Subject: math
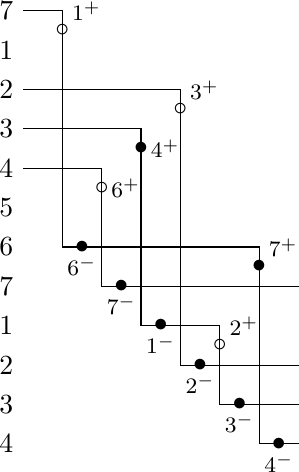
LaTeX code:
     \begin{tikzpicture}[scale=0.5,baseline=0]
        \draw (0,11) node [left] {$7$} --(1,11)--(1,5) -- (6,5) -- (6,0)  -- (7,0);
        \draw (0,9) node [left] {$2$} -- (4,9) -- (4,2) -- (7,2);
        \draw (0,8) node [left] {$3$} -- (3,8) -- (3,3) -- (5,3) -- (5,1) -- (7,1);
        \draw (0,7) node [left] {$4$} -- (2,7) -- (2,4) -- (7,4);
        \foreach \i in {1,5,6,7}
        {
            \node at (0,11-\i) [left] {$\i$};
        }
        \foreach \i in {1,2,3,4}
        {
            \node at (0,4-\i) [left] {$\i$};
        }
        \node at (1, 10.5) [] {$\circ$};
        \node at (1, 10.5) [above right] {\footnotesize{$1^+$}};
        \node at (3.5,3) [] {$\bullet$};
        \node at (3.5,3) [below] {\footnotesize{$1^-$}};
        \node at (5, 2.5) [] {$\circ$};
        \node at (5, 2.5) [above right] {\footnotesize{$2^+$}};
        \node at (4.5,2) [] {$\bullet$};
        \node at (4.5,2) [below] {\footnotesize{$2^-$}};
        \node at (4, 8.5) [] {$\circ$};
        \node at (4, 8.5) [above right] {\footnotesize{$3^+$}};
        \node at (5.5,1) [] {$\bullet$};
        \node at (5.5,1) [below] {\footnotesize{$3^-$}};
        \node at (3,7.5) [] {$\bullet$};
        \node at (3,7.5) [right] {\footnotesize{$4^+$}};
        \node at (6.5,0) [] {$\bullet$};
        \node at (6.5,0) [below] {\footnotesize{$4^-$}};
        \node at (2,6.5) [] {$\circ$};
        \node at (2,6.5) [right] {\footnotesize{$6^+$}};
        \node at (1.5,5) [] {$\bullet$};
        \node at (1.5,5) [below] {\footnotesize{$6^-$}};
        \node at (6,4.5) [] {$\bullet$};
        \node at (6,4.5) [above right] {\footnotesize{$7^+$}};
        \node at (2.5,4) [] {$\bullet$};
        \node at (2.5,4) [below] {\footnotesize{$7^-$}};
    \end{tikzpicture}